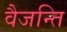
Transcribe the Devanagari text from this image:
वैजन्ति